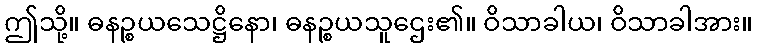
ဤသို့။ ဓနဉ္စယသေဋ္ဌိနော၊ ဓနဉ္စယသူဌေး၏။ ဝိသာခါယ၊ ဝိသာခါအား။